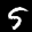
Label: 5